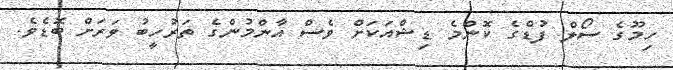
ހިމޫގެ ސޯލް ފުޑްގެ ކޮންމެ ޑިޝްއަކަށް ވެސް އާންމުންގެ ތަރުހީބު ވަރަށް ބޮޑެވެ.